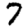
Digit: 7